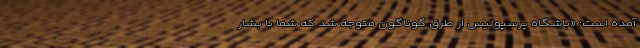
آمده است: «باشگاه پرسپولیس از طرق گوناگون متوجه شد که شما با بشار